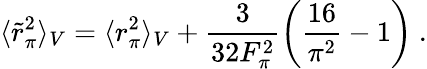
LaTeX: \langle\widetilde{r}_{\pi}^{2}\rangle_{V}=\langle r_{\pi}^{2}\rangle_{V}+{\frac{3}{32F_{\pi}^{2}}}\biggl({\frac{16}{\pi^{2}}}-1\biggr)~.